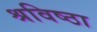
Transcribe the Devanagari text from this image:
श्रविष्ठा